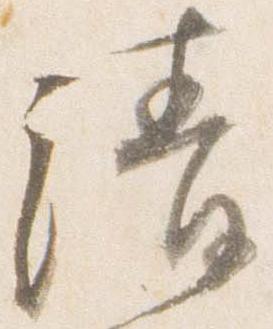
清